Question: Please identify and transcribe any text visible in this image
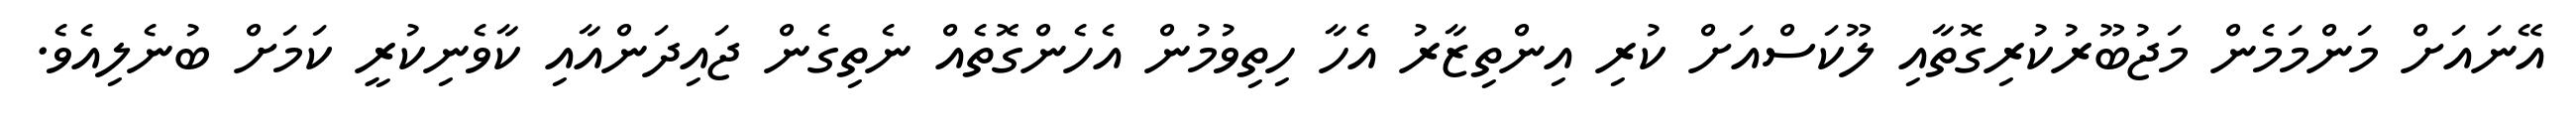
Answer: އޭނައަށް މަންމަމެން މަޖުބޫރުކުރިގޮތާއި ލޫކަސްއަށް ކުރި އިންތިޒާރު އެހާ ހިތިވުމުން އެހެންގޮތެއް ނެތިގެން ޖައިދަންއާއި ކާވެނިކުރީ ކަމަށް ބުނެލިއެވެ.